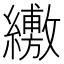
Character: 𦇁